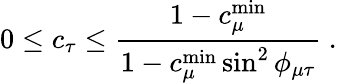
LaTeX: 0\leq c_{\tau}\leq\frac{1-c_{\mu}^{\mathrm{min}}}{1-c_{\mu}^{\mathrm{min}}\sin^{2}\phi_{\mu\tau}}~.